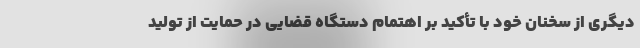
دیگری از سخنان خود با تأکید بر اهتمام دستگاه قضایی در حمایت از تولید